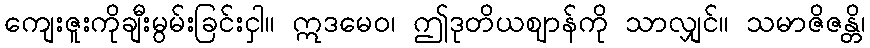
ကျေးဇူးကိုချီးမွမ်းခြင်းငှါ။ ဣဒမေဝ၊ ဤဒုတိယဈာန်ကို သာလျှင်။ သမာဇိဇန္တိ၊